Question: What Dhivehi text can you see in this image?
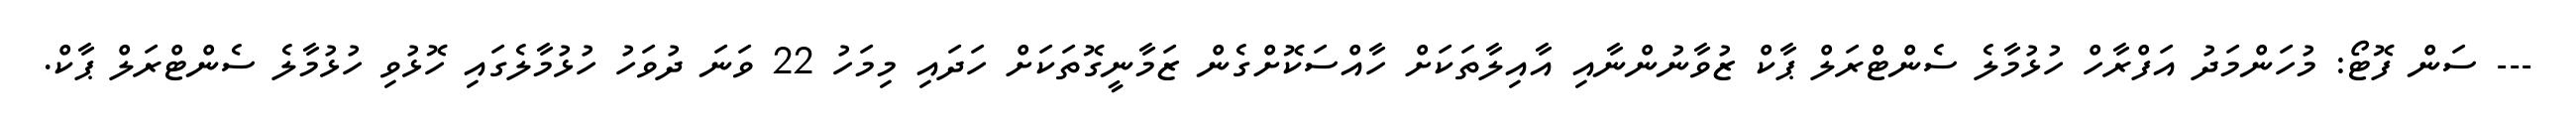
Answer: --- ސަން ފޮޓޯ: މުހަންމަދު އަފްރާހް ހުޅުމާލެ ސެންޓްރަލް ޕާކް ޒުވާނުންނާއި އާއިލާތަކަށް ހާއްސަކޮށްގެން ޒަމާނީގޮތަކަށް ހަދައި މިމަހު 22 ވަނަ ދުވަހު ހުޅުމާލެގައި ހޮޅުވި ހުޅުމާލެ ސެންޓްރަލް ޕާކް.